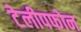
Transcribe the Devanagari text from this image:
टेलीपफोन